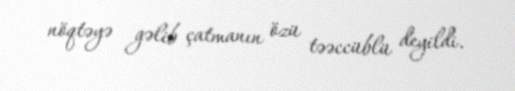
nöqtəyə gəlib çatmanın özü təəccüblü deyildi.